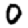
Digit: 0